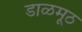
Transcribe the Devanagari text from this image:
डाळमूठ